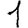
Digit: 1